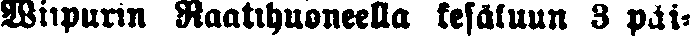
Wiipurin Raatihuoneella kesäkuun 3 päi-